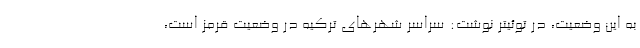
به این وضعیت، در توئیتر نوشت: سراسر شهرهای ترکیه در وضعیت قرمز است،